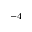
^ { - 4 }